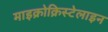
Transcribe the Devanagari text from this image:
माइक्रोक्रिस्टेलाइन